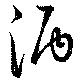
酒